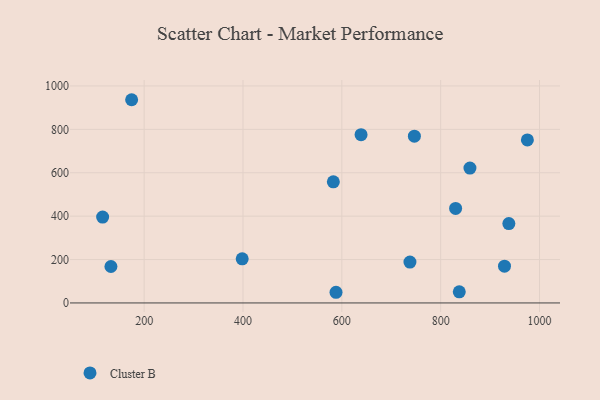
{"axis": {"x": "Distance", "y": "Sales"}, "legend": ["Cluster B"], "data": [{"x": "859.2", "y": 621.5, "type": "Cluster B"}, {"x": "830.2", "y": 435.5, "type": "Cluster B"}, {"x": "746.8", "y": 768.6, "type": "Cluster B"}, {"x": "638.9", "y": 775.6, "type": "Cluster B"}, {"x": "737.8", "y": 188.4, "type": "Cluster B"}, {"x": "116.0", "y": 395.6, "type": "Cluster B"}, {"x": "398.4", "y": 203.5, "type": "Cluster B"}, {"x": "837.6", "y": 51.1, "type": "Cluster B"}, {"x": "132.8", "y": 167.9, "type": "Cluster B"}, {"x": "975.4", "y": 751.1, "type": "Cluster B"}, {"x": "582.8", "y": 558.0, "type": "Cluster B"}, {"x": "929.1", "y": 169.6, "type": "Cluster B"}, {"x": "588.2", "y": 49.2, "type": "Cluster B"}, {"x": "174.7", "y": 936.5, "type": "Cluster B"}, {"x": "937.9", "y": 365.7, "type": "Cluster B"}]}